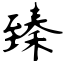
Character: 臻